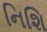
નિશિ